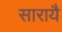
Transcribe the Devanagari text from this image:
सारायै